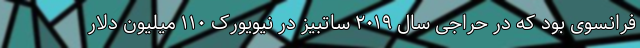
فرانسوی بود که در حراجی سال ۲۰۱۹ ساتبیز در نیویورک ۱۱۰ میلیون دلار